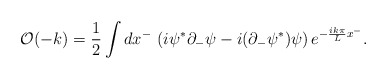
\begin{align*}{\cal O}(-k) = {1 \over 2}\int dx^- \, \left( i \psi^* \partial_- \psi - i(\partial_- \psi^*) \psi \right) e^{- {i k \pi \over L} x^-} . \end{align*}